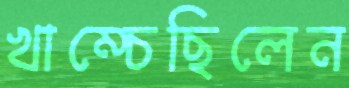
খাম্‌চেছিলেন